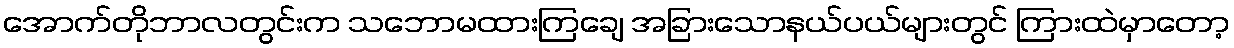
အောက်တိုဘာလတွင်းက သဘောမထားကြချေ အခြားသောနယ်ပယ်များတွင် ကြားထဲမှာတော့